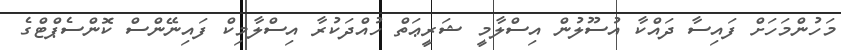
މަހުންމަހަށް ފައިސާ ދައްކާ އުސޫލުން އިސްލާމީ ޝަރީޢަތް ހުއްދަކުރާ އިސްލާމިކް ފައިނޭންސް ކޮންސެޕްޓްގެ